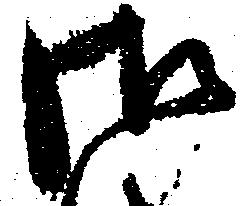
御